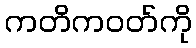
ကတိကဝတ်ကို